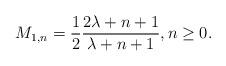
LaTeX: \begin{align*} M_{1,n} = \frac{1}{2}\frac{2\lambda +n +1}{\lambda+n+1}, n \geq 0.\end{align*}